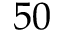
5 0